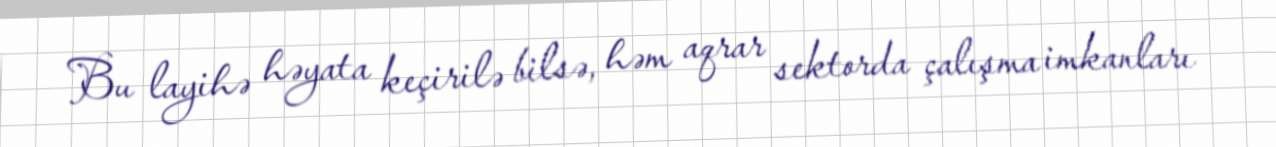
Bu layihə həyata keçirilə bilsə, həm aqrar sektorda çalışma imkanları